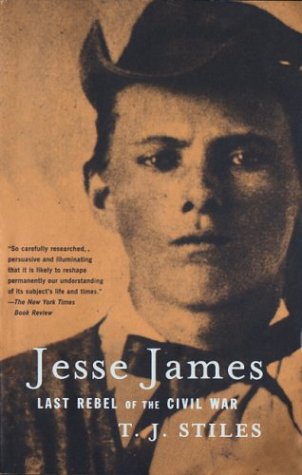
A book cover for Jesse James: Last Rebel of the Civil War; T.J. Stiles; Biographies & Memoirs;